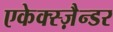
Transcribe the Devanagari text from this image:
एकेक्स्ज़ैन्डर